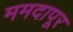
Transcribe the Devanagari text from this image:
ममदापूर